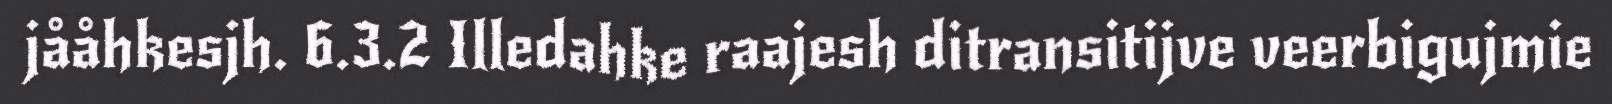
jååhkesjh. 6.3.2 Illedahke raajesh ditransitijve veerbigujmie